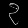
Digit: ၃